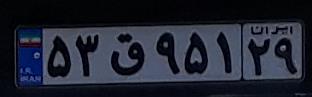
۵۳ق۹۵۱۲۹